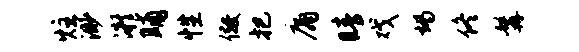
炷渺凝晡性儆把庸睛戏竭佟髯